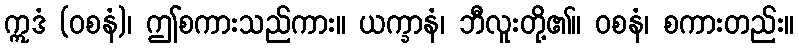
ဣဒံ (ဝစနံ)၊ ဤစကားသည်ကား။ ယက္ခာနံ၊ ဘီလူးတို့၏။ ဝစနံ၊ စကားတည်း။